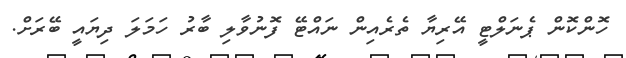
ހޮންކޮން ޕެނަލްޓީ އޭރިޔާ ތެރެއިން ނައްޓޭ ފޮނުވާލި ބާރު ހަމަލަ ދިޔައީ ބޭރަށް.